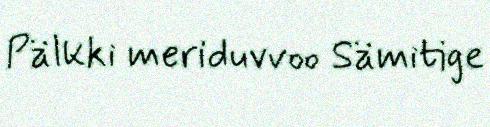
Pälkki meriduvvoo Sämitige